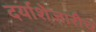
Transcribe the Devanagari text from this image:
दर्याशेजारीच